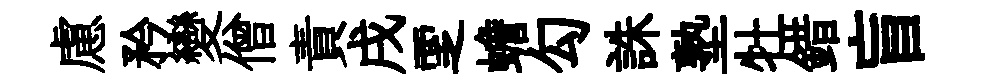
慮矜變僧責戌覂蟾勾誅塾牡錯盲